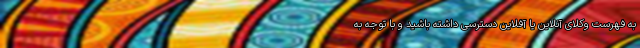
به فهرست وکلای آنلاین یا آفلاین دسترسی داشته باشید و با توجه ‌به